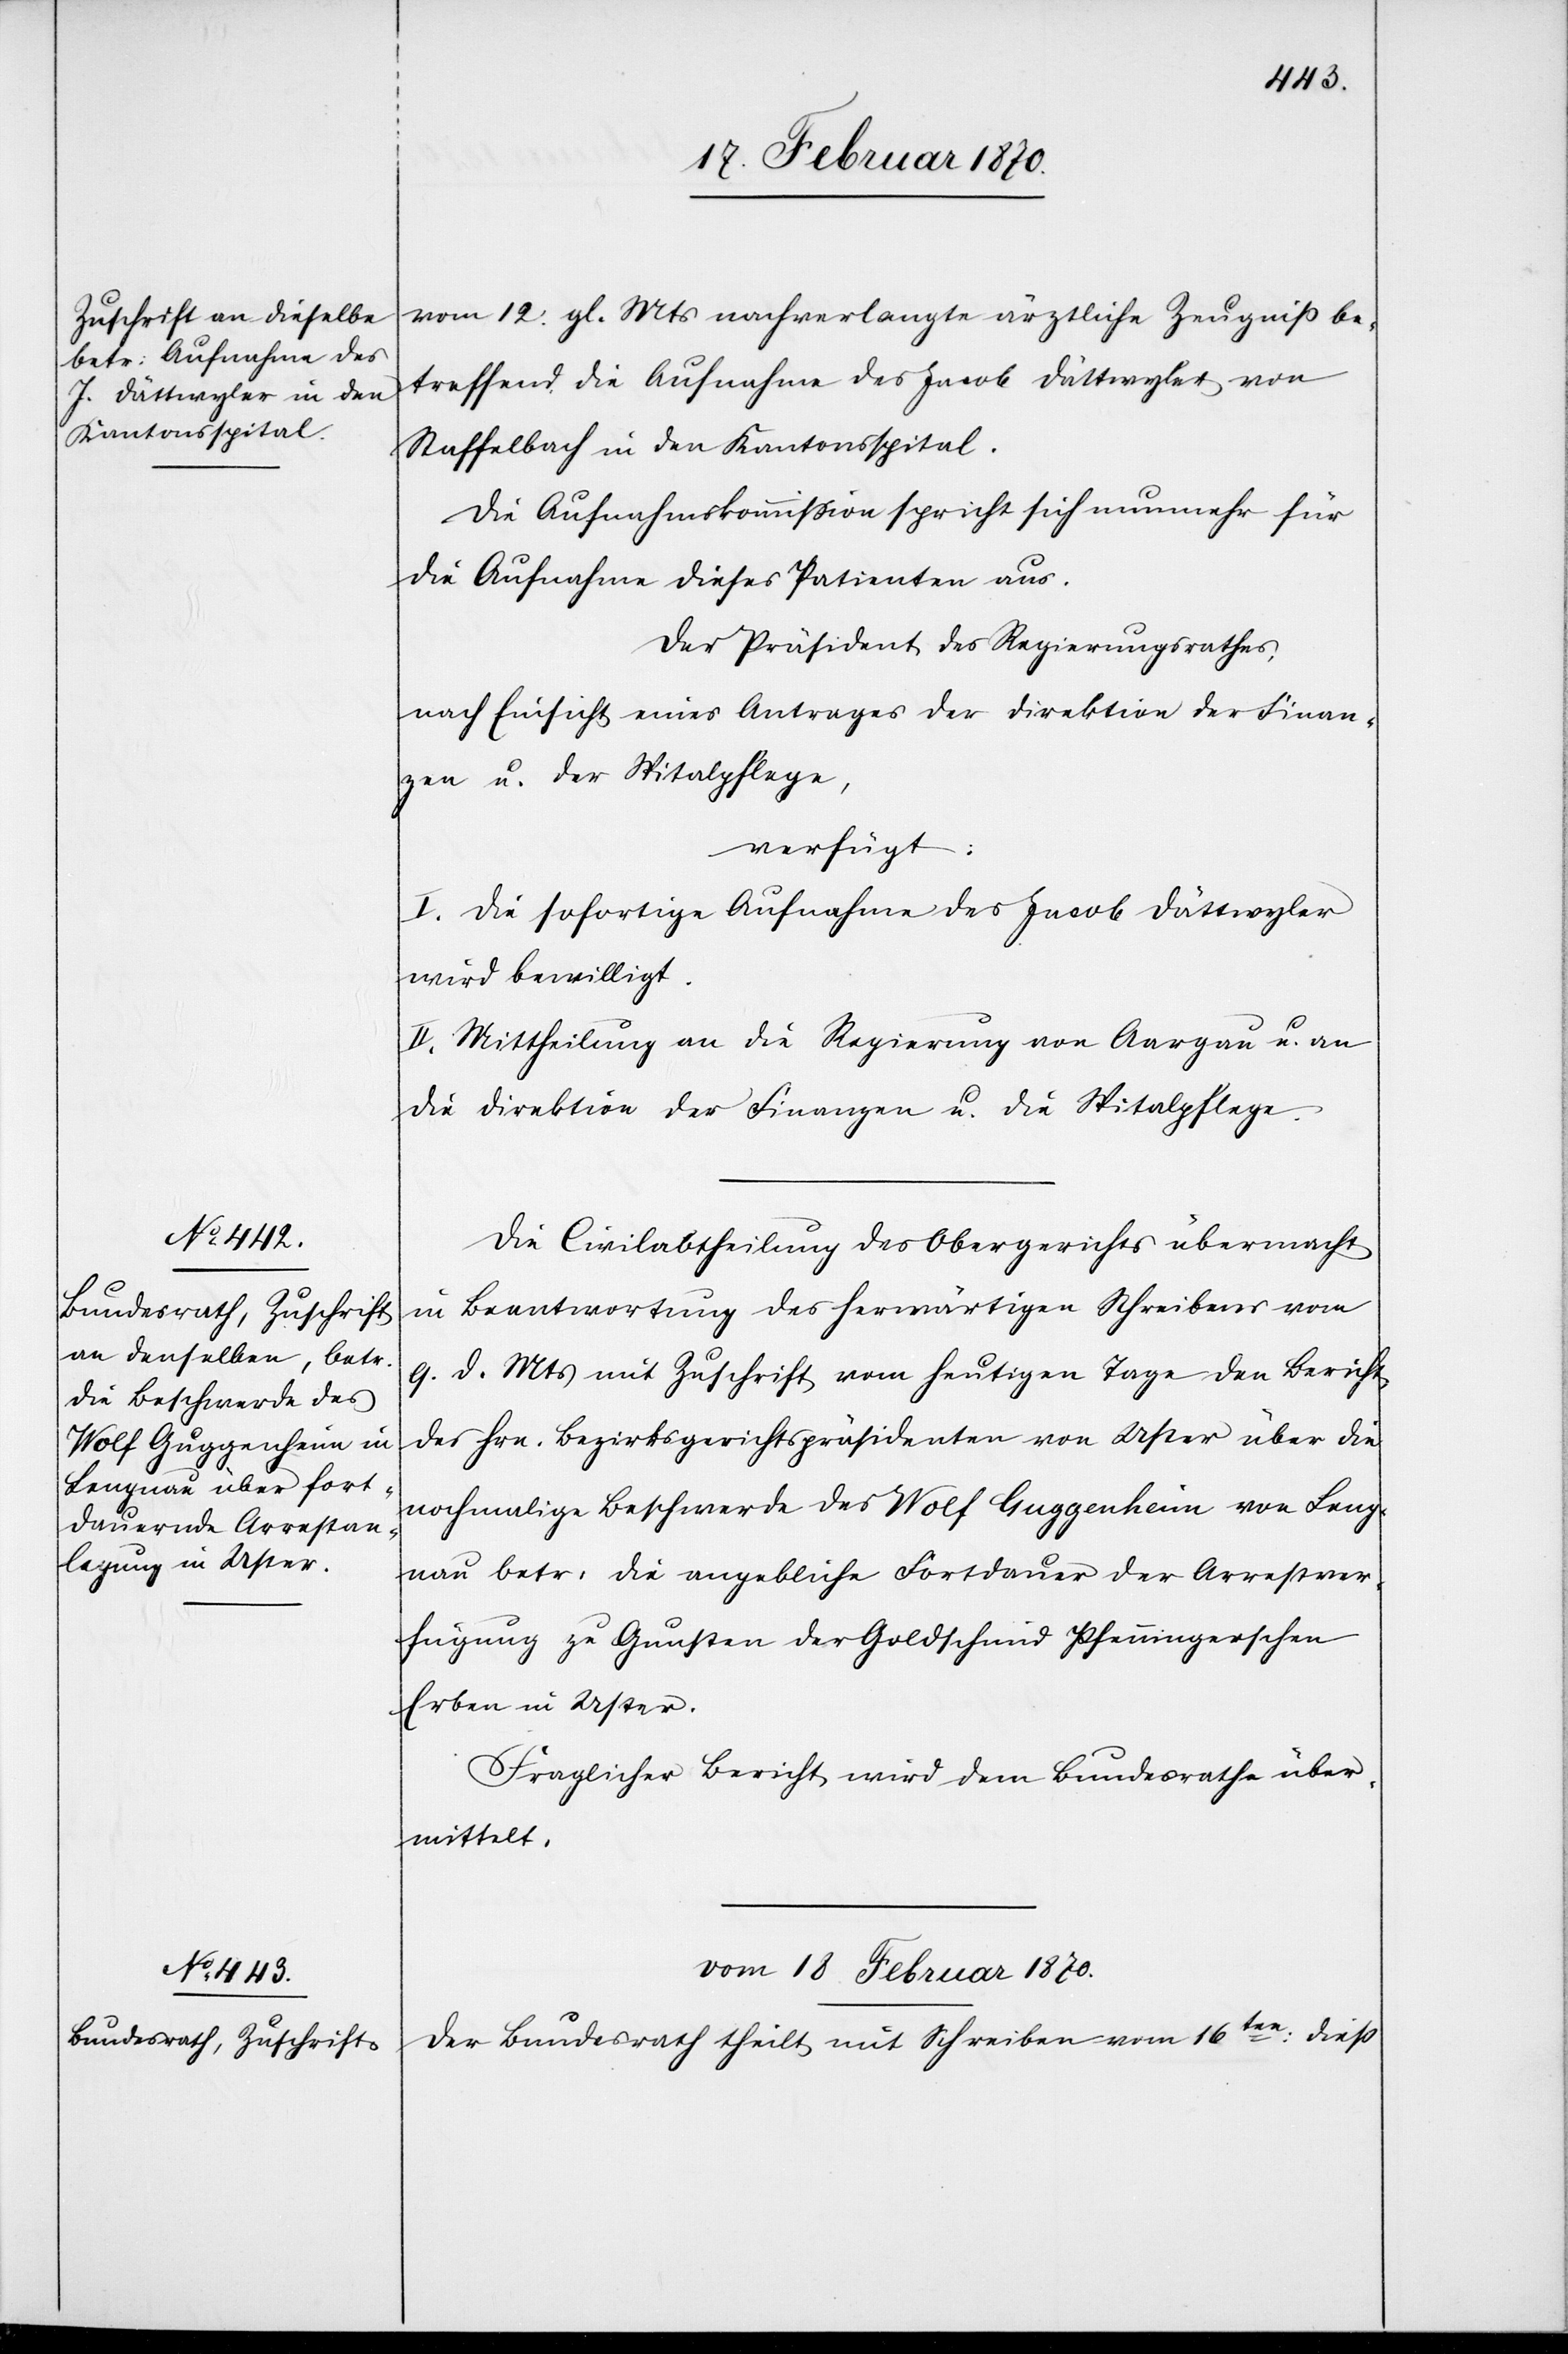
vom 12. gl. Mts nachverlangte ärztliche Zeugniss be¬
treffend die Aufnahme des Jacob Dättwyler von
Staffelbach in den Kantonsspital.
Die Aufnahmskommission spricht sich nunmehr für
die Aufnahme dieses Patienten aus.
Der Präsident des Regierungsrathes,
nach Einsicht eines Antrages der Direktion der Finan¬
zen u. der Spitalpflege,
verfügt:
I. Die sofortige Aufnahme des Jacob Dättwyler
wird bewilligt.
II. Mittheilung an die Regierung von Aargau u. an
die Direktion der Finanzen u. die Spitalpflege.
Die Civilabtheilung des Obergerichts übermacht
in Beantwortung des herwärtigen Schreibens vom
9. d. Mts mit Zuschrift vom heutigen Tage den Bericht
des Hrn. Bezirksgerichtspräsidenten von Uster über die
nochmalige Beschwerde des Wolf Guggenheim von Leng¬
nau betr: die angebliche Fortdauer der Arrestver¬
fügung zu Gunsten der Goldschmid Pfenningerschen
Erben in Uster.
Fraglicher Bericht wird dem Bundesrathe über¬
mittelt.
vom 18 Februar 1870.]
Der Bundesrath theilt mit Schreiben vom 16ten: diess